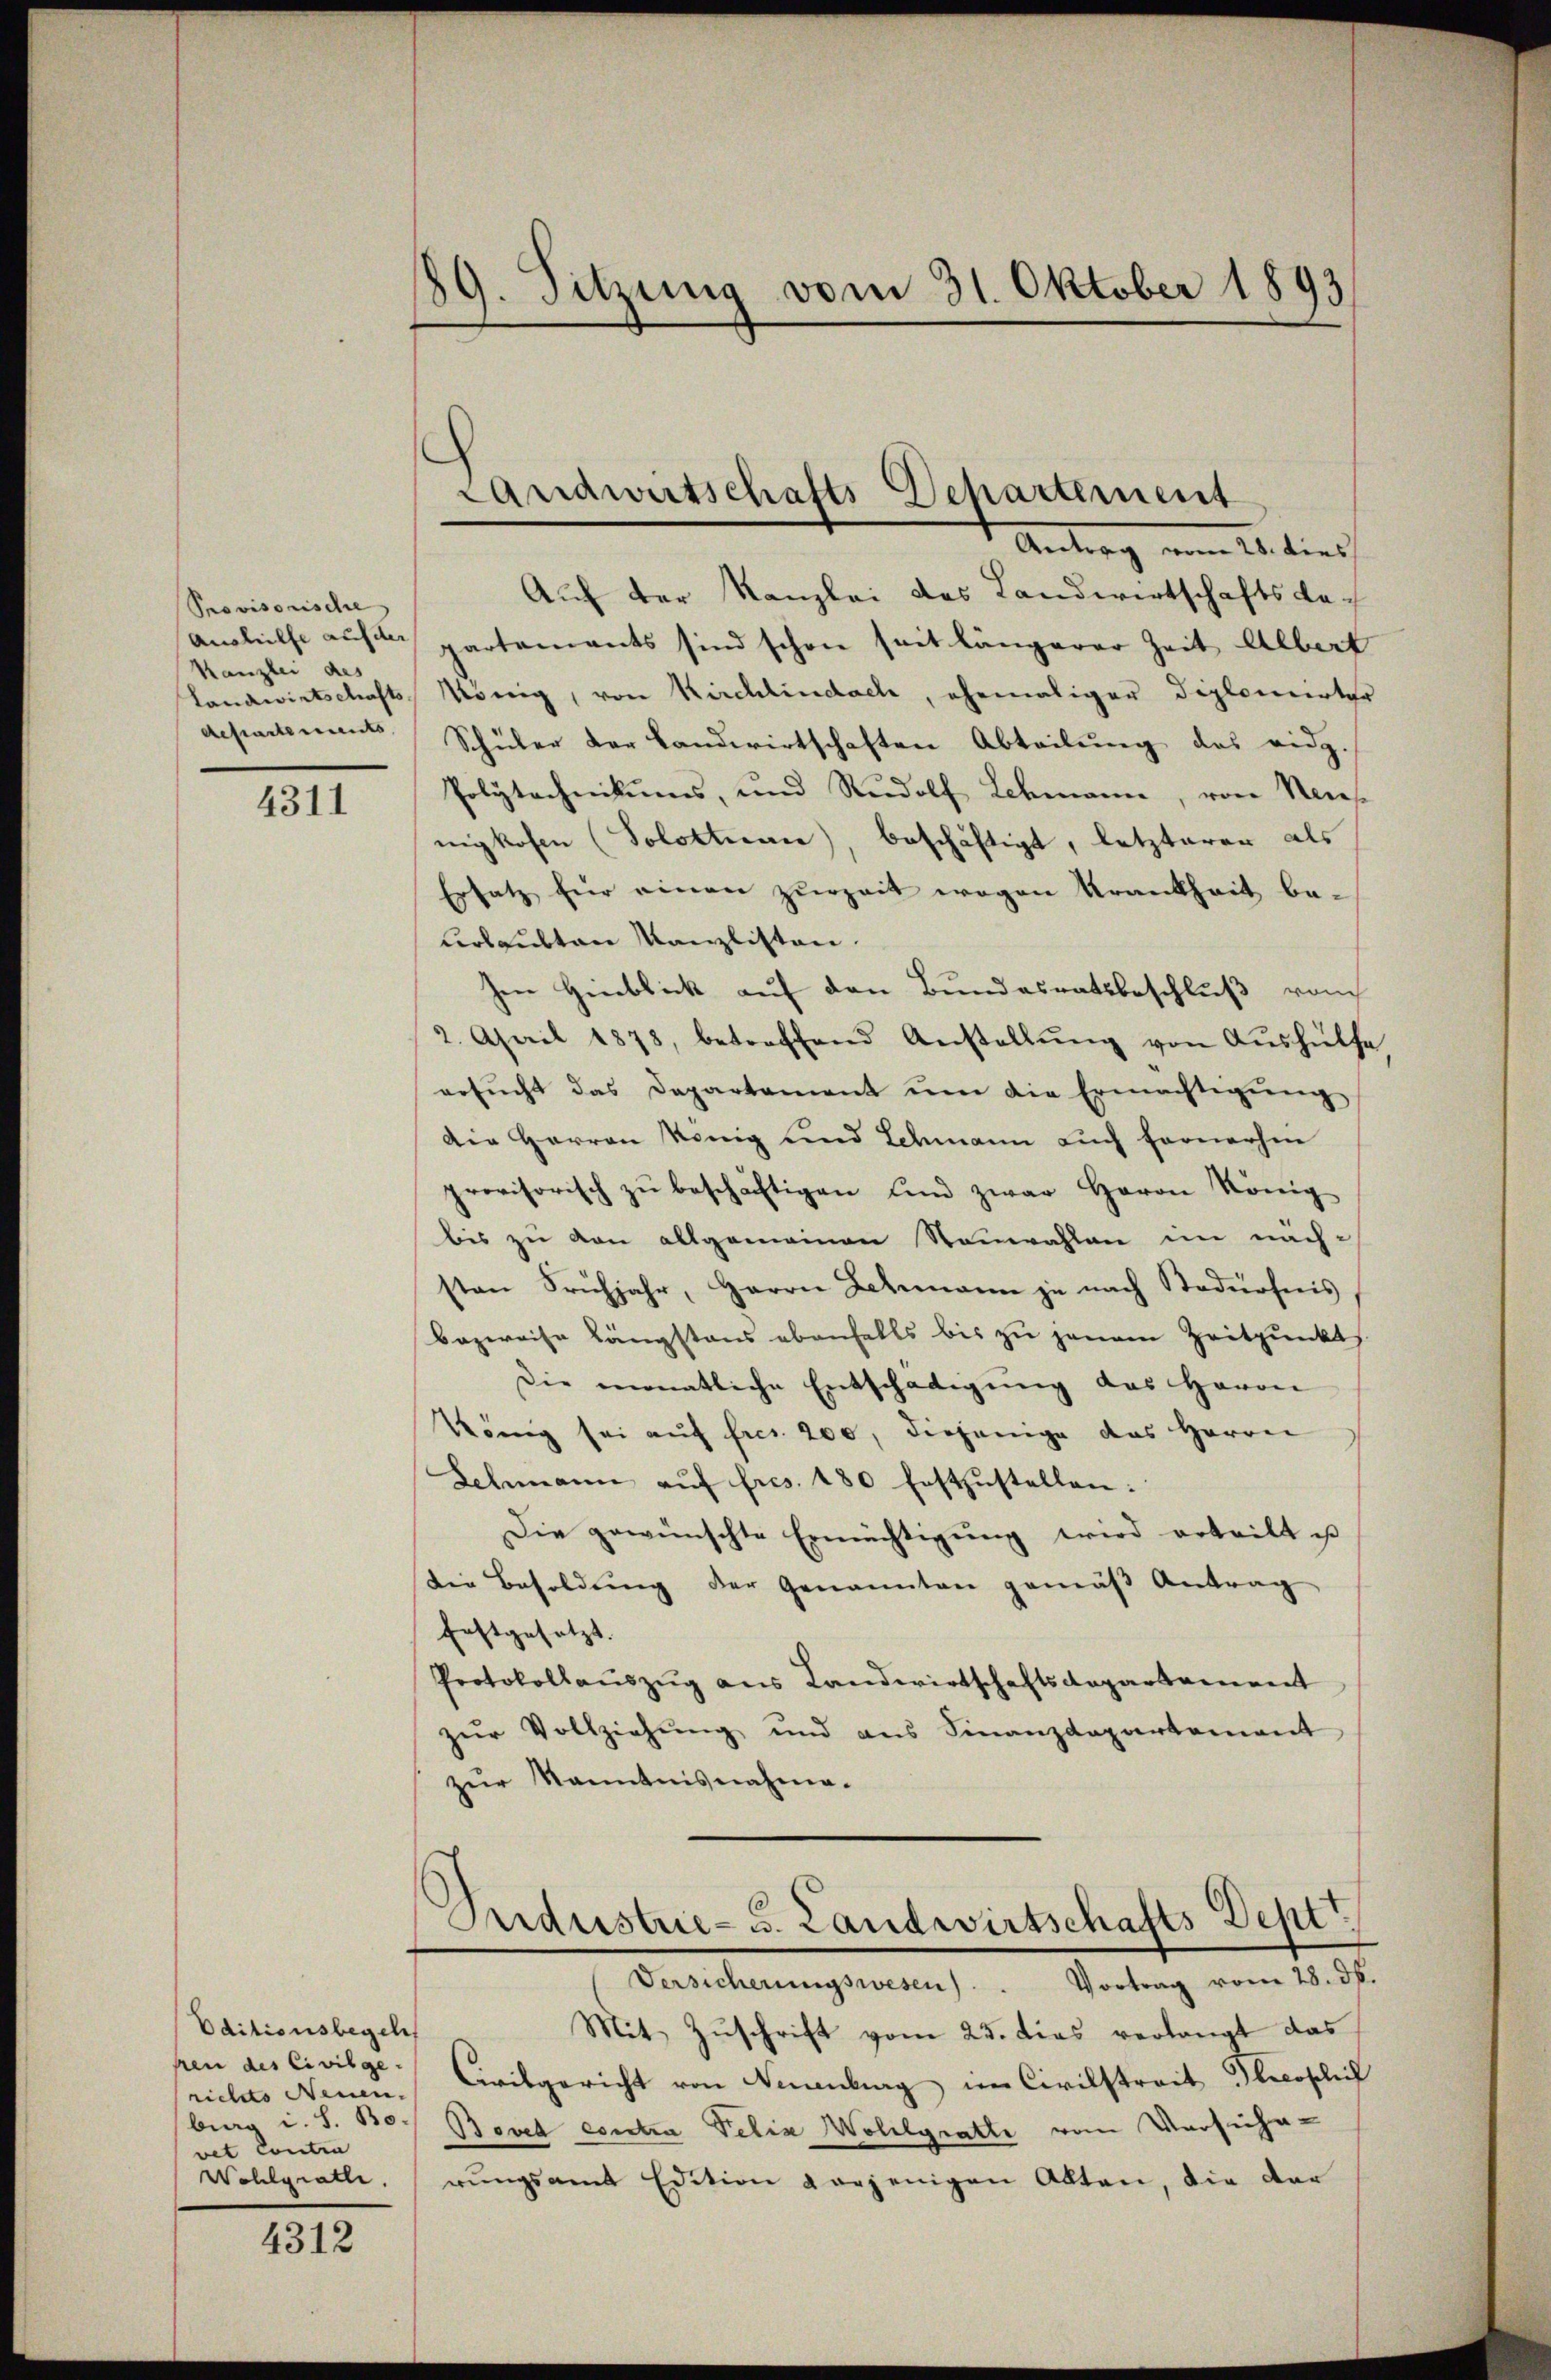
Provisorische
Kanzlei des
departements,

4311

Oditionsbegeh
hren des Civilge
rietato Neuen.
burg i. S. Bo
vet Contra
Wohlgratte.

4312

¬
19. Sitzung vom 31. Oktober 1893

Auf der Kanzlei des Landwirtschaftsbeaushilfe auf de partements sind schon seit längerer Zeit Albert
Landwirtschafts König, von Kirchlindach, ehemaliger Diplomirter
Schüler der Landwirtschaften Abteilung des eidg.
Polytechnikums, und Rudolf Schmann, von Neues
nigkofen (Solothurn, beschäftigt, letzterer als
Ersatz für einen zurzeit wegen Krankheit beurlaubten Kanzlisten.
en Hinblick auf den Bundesratsbeschluß von
2. April 1878, betreffend Anstellŭng von Aŭshülfe
ersŭcht das Departament ŭm die Ermächtigŭng
Die Herren König und Schmann auch fernerhin
provisorisch zŭ beschäftigen und zwar Herrn König
bis zu von allgemeinen Neuwahlen im nächsten Frühjahr, Herrn Lehmann je nach Stadürfnis,
Bazweise Längstens ebenfalls bis zu jenem Zeitpunkts
Die monatliche Entschädigŭng des Herrn
König sei aŭf fres. 200, diejenige das Herrn
Schmann aŭf fres. 180 festzŭstellen.
Die gewünschte Ermächtigung wird erteilt ist
Die Besoldŭng der Genannten gemäβ Antrag
festgesetzt. |
Protokollauszug aus Landwirtschaftsdepartement
zŭr Vollziehŭng und ans Finanzdepartement
zŭr Kenntnisnahme-

Landwirtschafts-Departement
Antrag vom 21. dies

Orideestrie- u. Landwirtschafts-Dept
Versicherŭngswesen . . Vortrag vom 28. d.

Mit Zuschrift vom 25. dies verlangt das
Civilgericht von Neuenburg im Civilstreit Pleophich
Beved contra Felix Wohlgratte vom Versicherŭngsamt Edition vorjenigen Alten, die dar